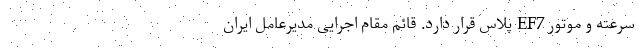
سرعته و موتور EF7 پلاس قرار دارد. قائم مقام اجرایی مدیرعامل ایران